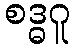
စဒ္ဓဂူ